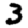
Digit: 3